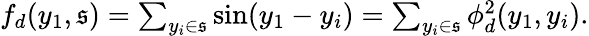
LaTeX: \begin{array}{r}{f_{d}(y_{1},\mathfrak{s})=\sum_{y_{i}\in\mathfrak{s}}\sin(y_{1}-y_{i})=\sum_{y_{i}\in\mathfrak{s}}\phi_{d}^{2}(y_{1},y_{i}).}\end{array}